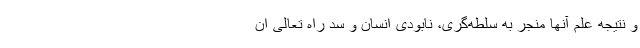
و نتیجه علم آنها منجر به سلطه‌گری، نابودی انسان و سد راه تعالی ان